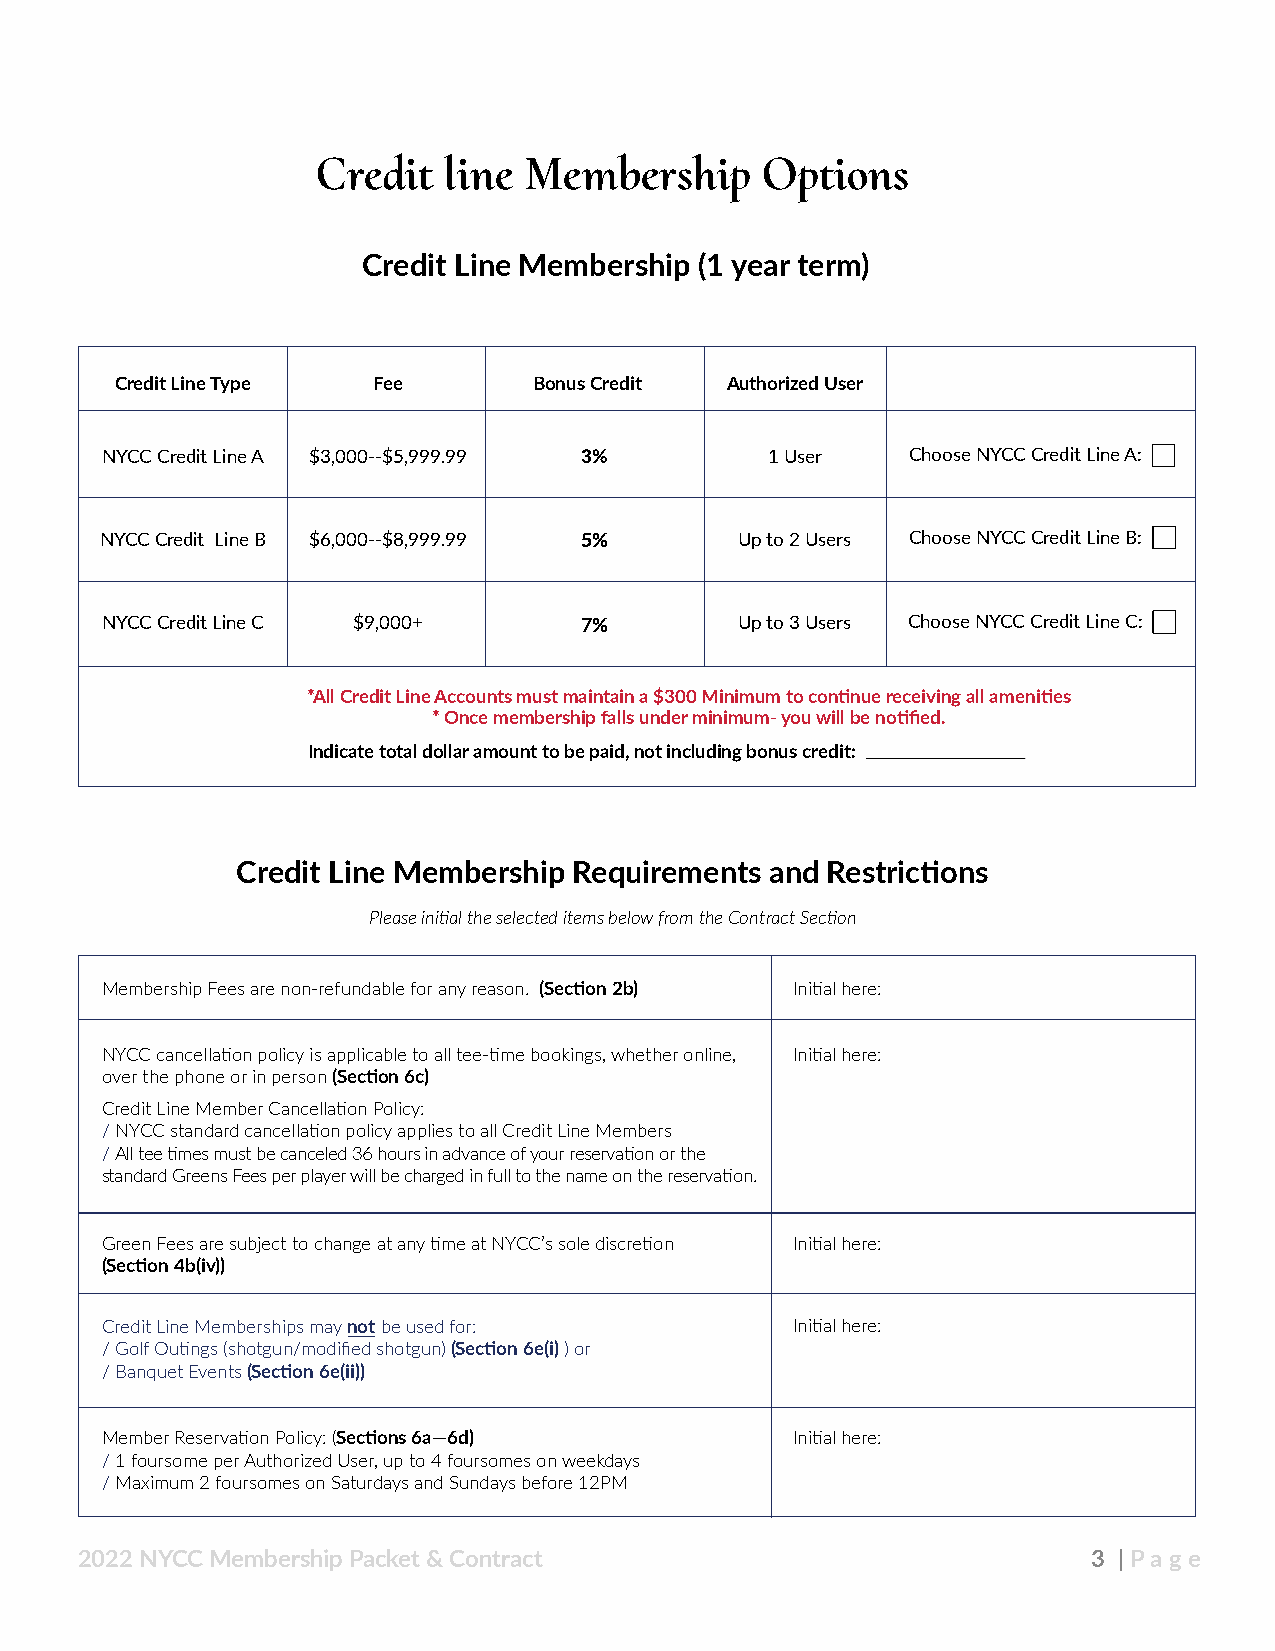
Credit  line  Membership     Options
 Credit Line Membership (1 year term)
 Credit Line Type Fee       Bonus Credit Authorized User
 NYCC Credit Line A $3,000--$5,999.99 3%     1 User   Choose NYCC Credit Line A:
 NYCC Credit Line B $6,000--$8,999.99 5%   Up to 2 Users Choose NYCC Credit Line B:
 NYCC Credit Line C $9,000+     7%         Up to 3 Users Choose NYCC Credit Line C:
 *All Credit Line Accounts must maintain a $300 Minimum to continue receiving all amenities
 * Once membership falls under minimum- you will be notified.
 Indicate total dollar amount to be paid, not including bonus credit:
 Credit Line Membership Requirements and Restrictions
 Please initial the selected items below from the Contract Section
 Membership Fees are non-refundable for any reason. (Section 2b) Initial here:
 NYCC cancellation policy is applicable to all tee-time bookings, whether online, Initial here:
 over the phone or in person (Section 6c)
 Credit Line Member Cancellation Policy:
 / NYCC standard cancellation policy applies to all Credit Line Members
 / All tee times must be canceled 36 hours in advance of your reservation or the
 standard Greens Fees per player will be charged in full to the name on the reservation.
 Green Fees are subject to change at any time at NYCC’s sole discretion Initial here:
 (Section 4b(iv))
 Credit Line Memberships may not be used for: Initial here:
 / Golf Outings (shotgun/modified shotgun) (Section 6e(i) ) or
 / Banquet Events (Section 6e(ii))
 Member Reservation Policy: (Sections 6a—6d)  Initial here:
 / 1 foursome per Authorized User, up to 4 foursomes on weekdays
 / Maximum 2 foursomes on Saturdays and Sundays before 12PM
 2022 NYCC Membership Packet & Contract                             3 | Pa ge